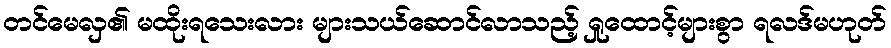
တင်မေလှ၏ မထိုးရသေးလား များသယ်ဆောင်လာသည့် ရှုထောင့်များစွာ ရလဒ်မဟုတ်